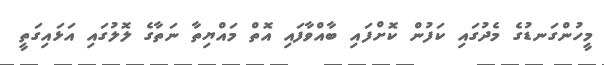
މީހުންގަނޑުގެ މެދުގައި ކަފުން ކޮށްފައި ބާއްވާފައި އޮތް މައްޔިތާ ނަތާގެ ލޮލުގައި އަޅައިގަތީ